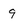
Character: 9